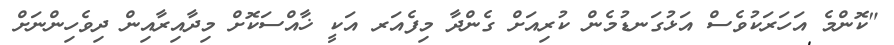
"ކޮންމެ އަހަރަކުވެސް އަޅުގަނޑުމެން ކުރިއަށް ގެންދާ މިފެއަރ އަކީ ޚާއްސަކޮށް މިދާއިރާއިން ދިވެހިންނަށް